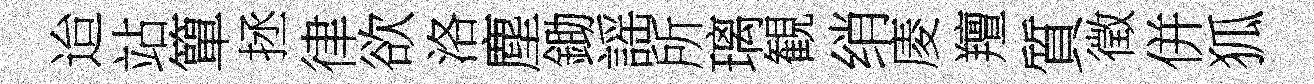
迨站簞拯律欲洛塵鋤謡所璃観绡庱羶質徵併狐